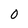
Character: 0